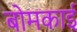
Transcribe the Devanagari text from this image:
बोमकाई